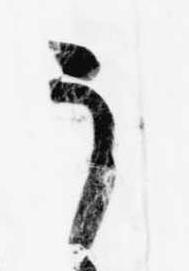
う